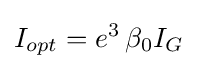
I_{opt}=e^{3}\,\beta _{0}I_{G}